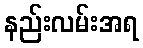
နည်းလမ်းအရ